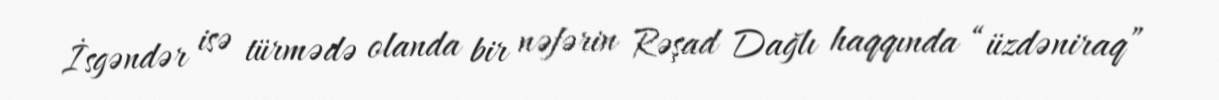
İsgəndər isə türmədə olanda bir nəfərin Rəşad Dağlı haqqında “üzdəniraq”